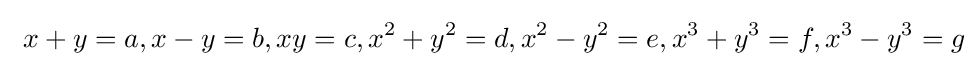
\ x+y=a,x-y=b,xy=c,x^{2}+y^{2}=d,x^{2}-y^{2}=e,x^{3}+y^{3}=f,x^{3}-y^{3}=g